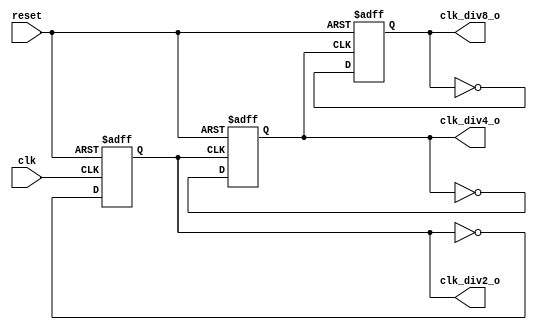
`timescale 1ns / 1ps
//////////////////////////////////////////////////////////////////////////////////
// Company: 
// Engineer: 
// 
// Design Name: 
// Module Name:    Clock_Devider 
// Project Name: 
// Target Devices: 
// Tool versions: 
// Description: 
//
// Dependencies: 
//
// Revision: 
// Revision 0.01 - File Created
// Additional Comments: 
//
//////////////////////////////////////////////////////////////////////////////////
module Clock_Devider(
	 input clk,
	 input reset,
	 output clk_div2_o,
	 output clk_div4_o,
	 output clk_div8_o);
	 
	 reg clk_div2;
	 reg clk_div4;
	 reg clk_div8;
	 
	 always @ (posedge clk or negedge reset)
	 begin
		  if (~reset)
		      clk_div2 <= 1'b0;
		  else 
		      clk_div2 <= ~clk_div2;
	 end
	 
	 always @ (posedge clk_div2 or negedge reset)
	 begin
	     if (~reset)
		      clk_div4 <= 1'b0;
		  else 
		      clk_div4 <= ~clk_div4;
	 end
	 
	 always @ (posedge clk_div4 or negedge reset)
	 begin
		  if (~reset)
		      clk_div8 <= 1'b0;
		  else 
		      clk_div8 <= ~clk_div8;
	 end
	 
	 assign clk_div2_o = clk_div2;
	 assign clk_div4_o = clk_div4;
	 assign clk_div8_o = clk_div8;
	 
endmodule